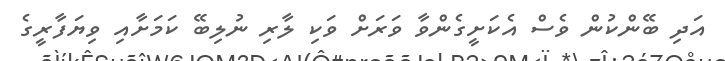
އަދި ބޭންކުން ވެސް އެކަށީގެންވާ ވަރަށް ވަކި ލާރި ނުލިބޭ ކަމަށާއި ވިޔަފާރީގެ